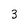
Character: 3